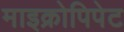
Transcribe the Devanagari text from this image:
माइक्रोपिपेट